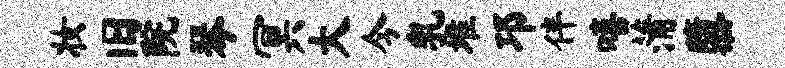
妆旧院琴冥大今乳堆邛伴嘻蒲隳